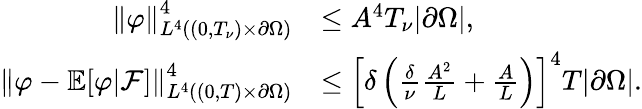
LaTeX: \begin{array}{rl}{\left\lVert\varphi\right\rVert_{L^{4}((0,T_{\nu})\times\partial\Omega)}^{4}}&{\le A^{4}T_{\nu}|\partial\Omega|,}\\ {\left\lVert\varphi-\mathbb E[\varphi|\mathcal F]\right\rVert_{L^{4}((0,T)\times\partial\Omega)}^{4}}&{\le\left[\delta\left(\frac\delta\nu\frac{A^{2}}L+\frac AL\right)\right]^{4}T|\partial\Omega|.}\end{array}